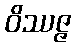
ဝိဿဇ္ဇ